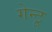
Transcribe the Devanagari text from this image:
गेन्टू